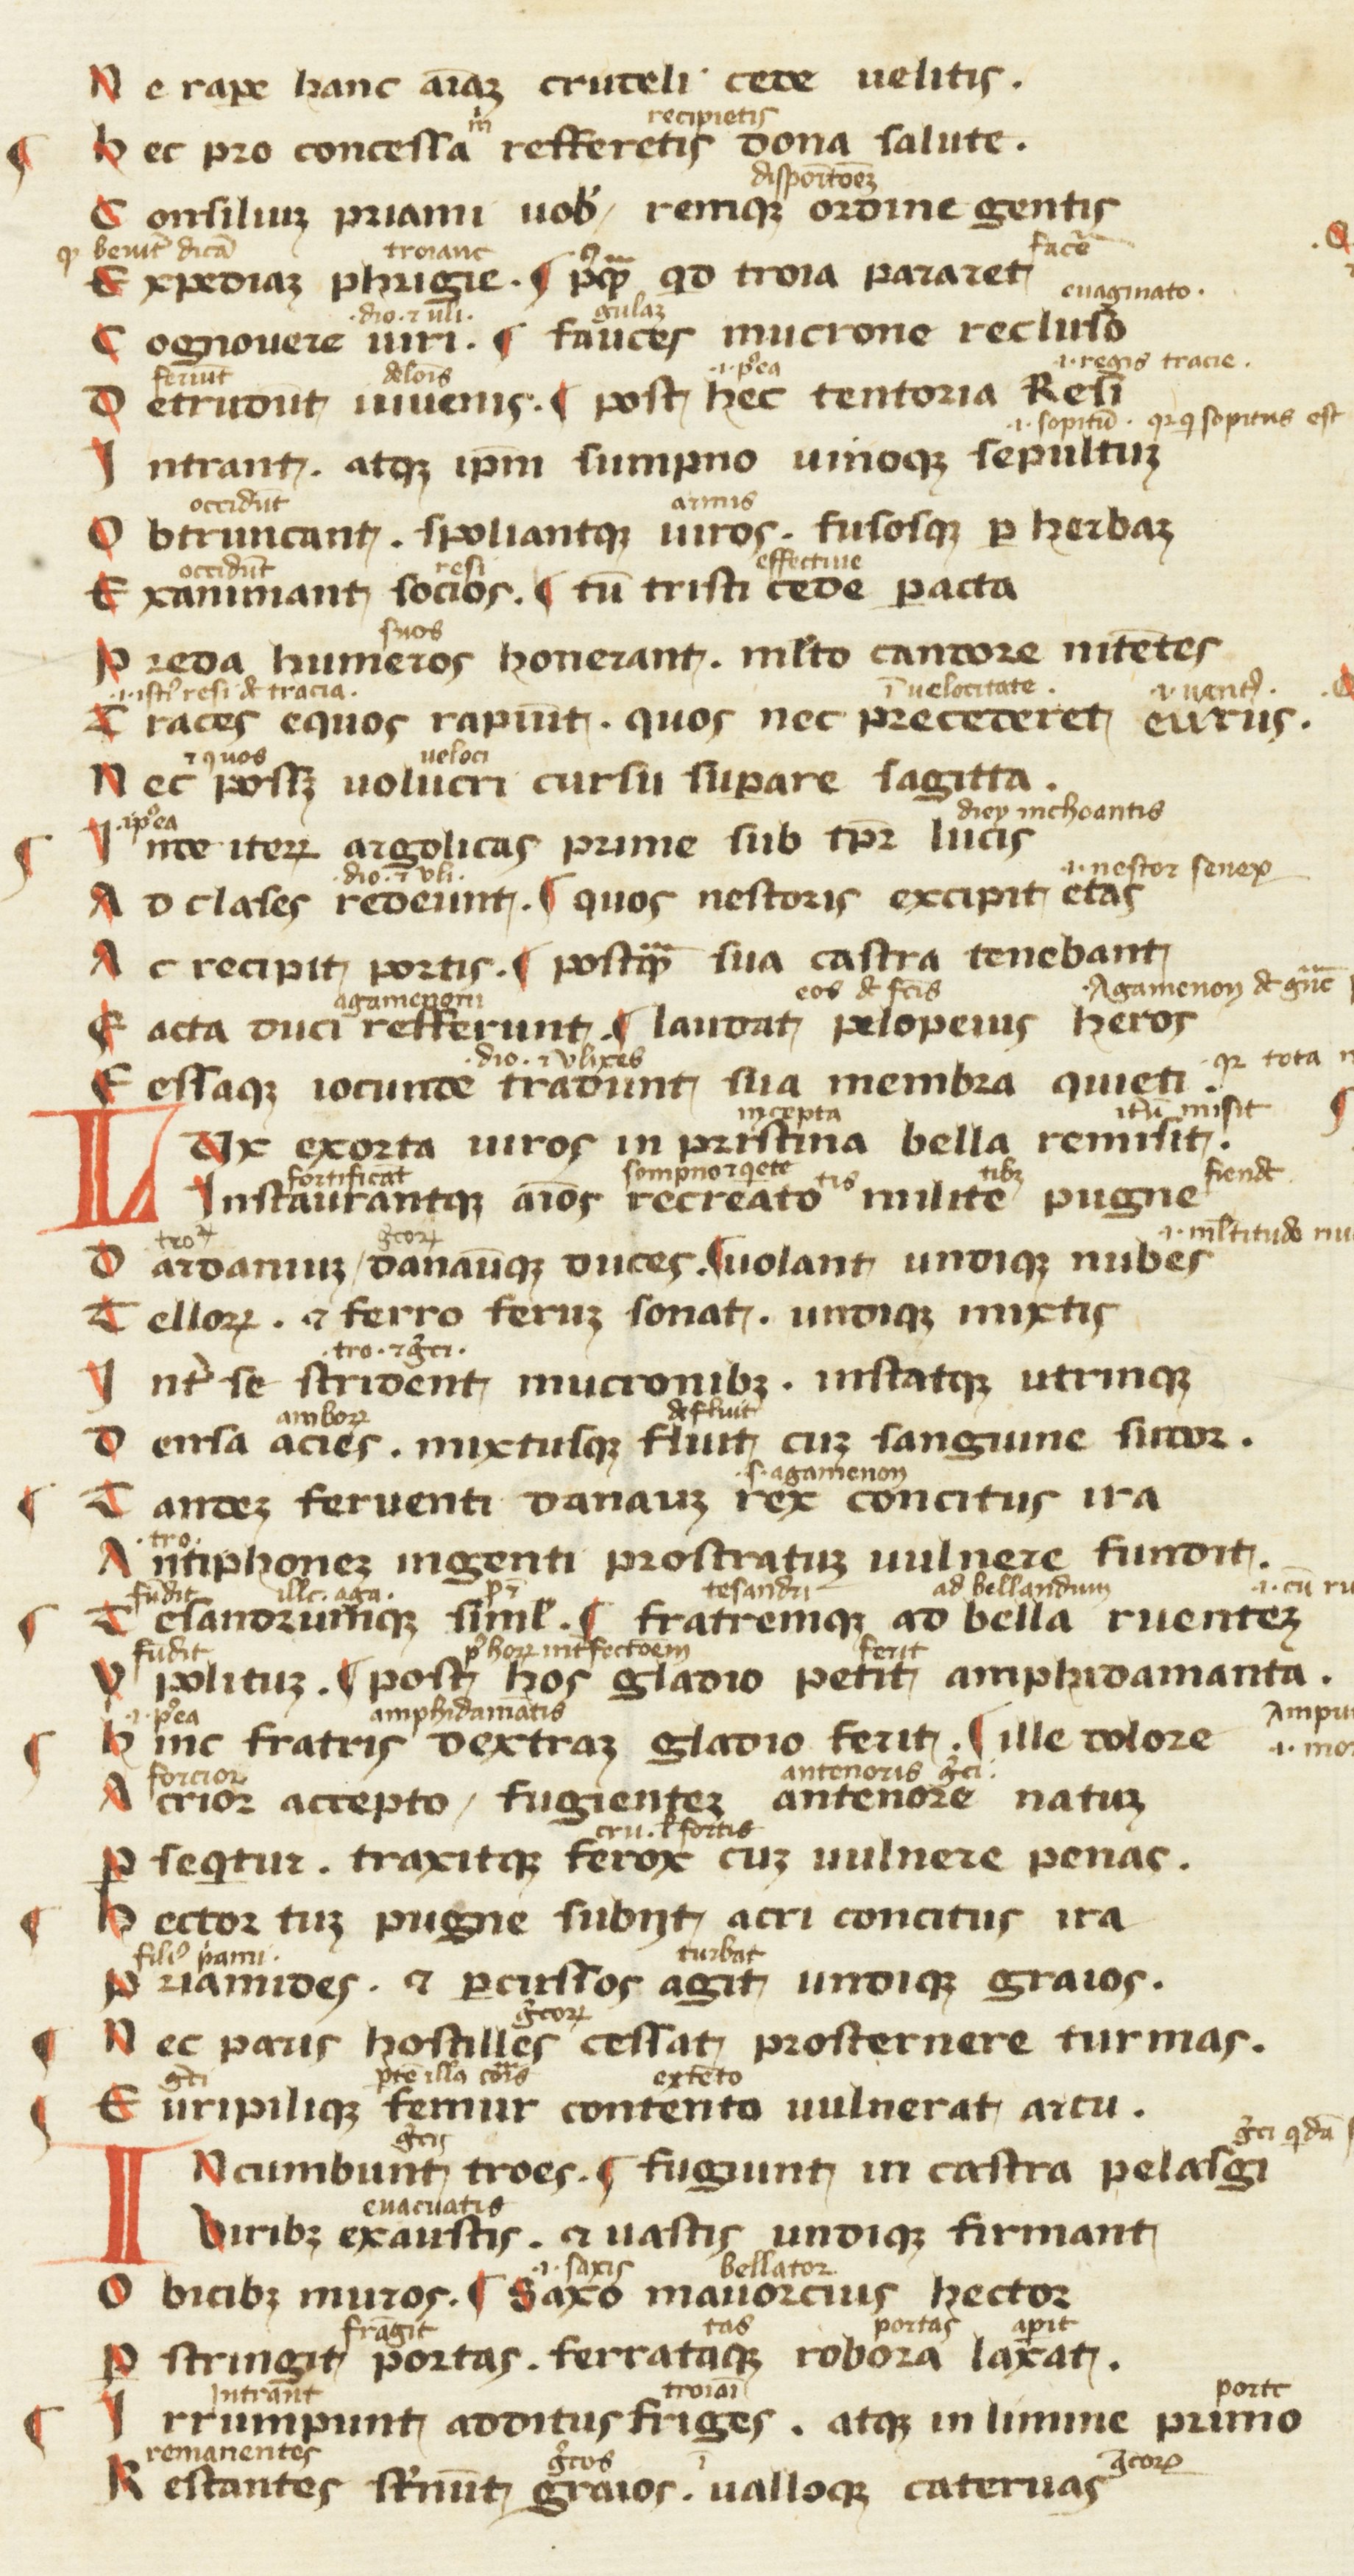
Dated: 1300–1399